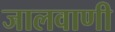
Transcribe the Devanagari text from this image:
जालवाणी